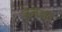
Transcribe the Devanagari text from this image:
नेवेडा